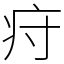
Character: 疛